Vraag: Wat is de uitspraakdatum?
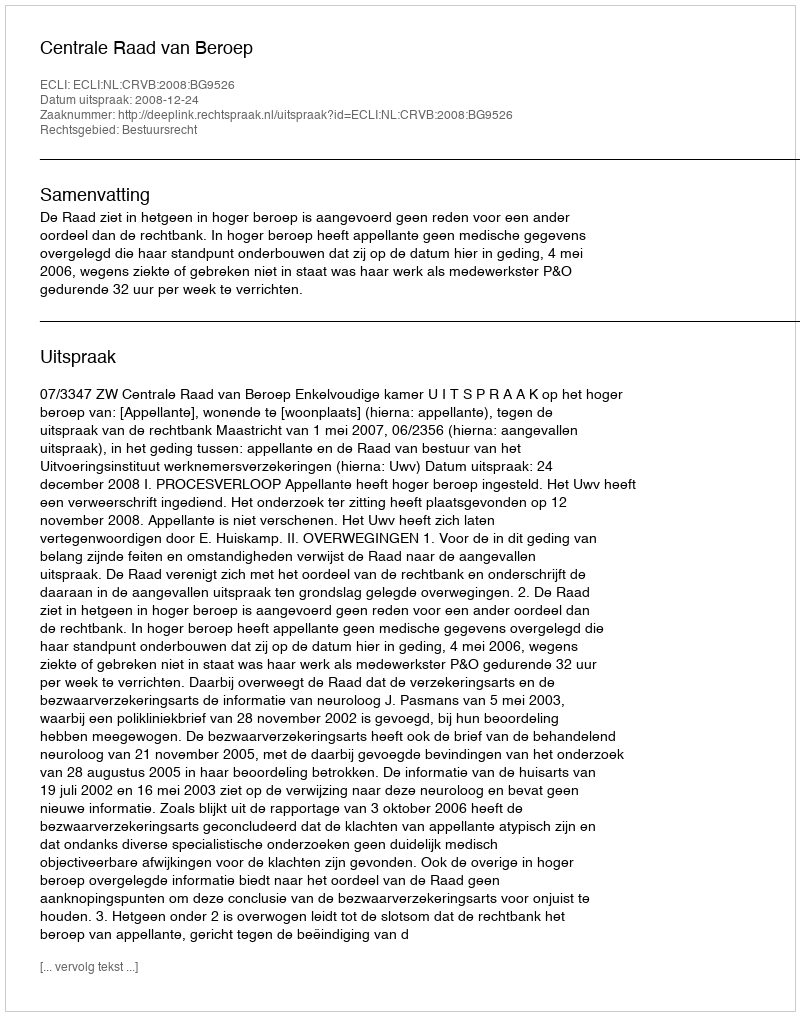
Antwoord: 2008-12-24